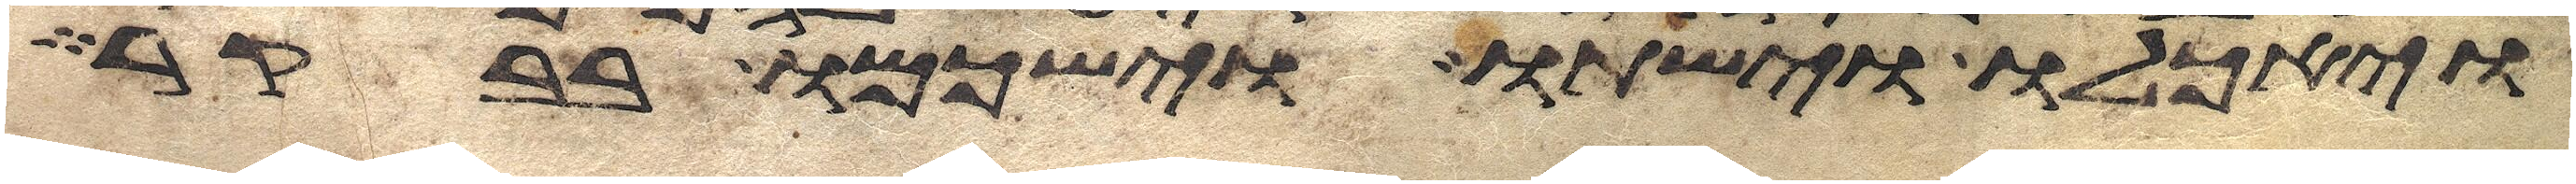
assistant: ויאכלו וישתו וישכמו בבקר